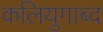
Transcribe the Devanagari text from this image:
कलियुगाब्द